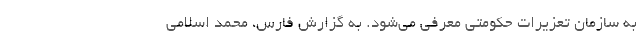
به سازمان تعزیرات حکومتی معرفی می‌شود. به گزارش فارس، محمد اسلامی